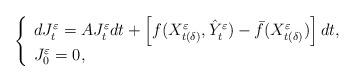
LaTeX: \begin{align*}\left\{\begin{array}{l}\displaystyle dJ_t^\varepsilon=A J_t^\varepsilon dt+\left[f(X_{t(\delta)}^\varepsilon,\hat{Y}_t^\varepsilon)-\bar{f}(X_{t(\delta)}^\varepsilon)\right]dt,\\J_0^\varepsilon=0,\end{array}\right. \end{align*}